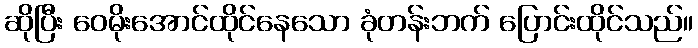
ဆိုပြီး ဝေမိုးအောင်ထိုင်နေသော ခုံတန်းဘက် ပြောင်းထိုင်သည်။